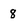
Character: 8